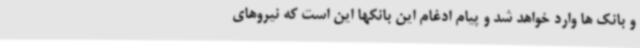
و بانک ها وارد خواهد شد و پیام ادغام این بانکها این است که نیروهای